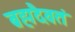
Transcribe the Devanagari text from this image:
ब्रह्मदैवतं